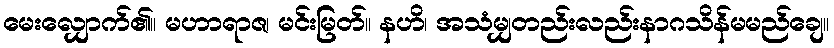
မေးလျှောက်၏။ မဟာရာဇ၊ မင်းမြတ်။ နဟိ၊ အသံမျှတည်းလည်းနာဂသိန်မမည်ချေ။